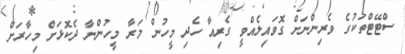
ސްޓޭޓްތަކުގެ ވެރިންނަށް ގޮވައިލެއްވީ ގެރިއާ ހެދި މީހުން މަރާ މީހުންނާ ދެކޮޅަށް މިހާރަށް